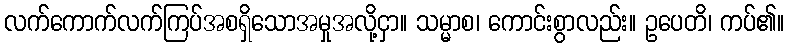
လက်ကောက်လက်ကြပ်အစရှိသောအမှုအလို့ငှာ။ သမ္မာစ၊ ကောင်းစွာလည်း။ ဥပေတိ၊ ကပ်၏။